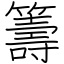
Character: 籌